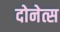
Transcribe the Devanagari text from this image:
दोनेत्स